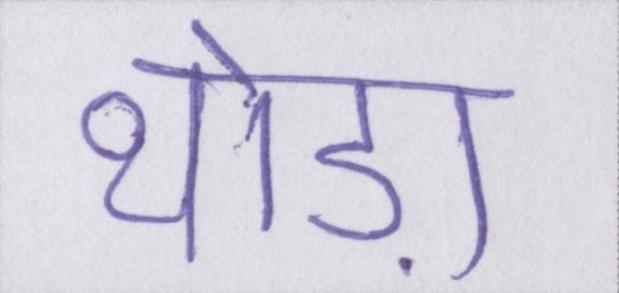
थोड़ा